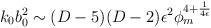
LaTeX: \begin{align*}k_0b_0^2 \sim (D-5)(D-2) \epsilon^2\phi_m^{4+ {1 \over 4 \epsilon}}\end{align*}